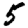
Digit: 5